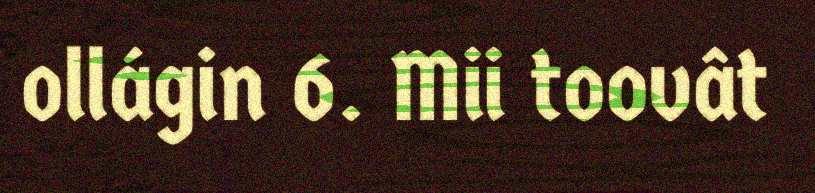
ollágin 6. Mii toovât